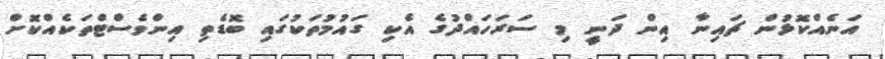
އަނެއްކޮޅުން ޗައިނާ އިން ދަނީ މި ސަރަހައްދުގެ އެކި ގައުމުތަކުގައި ބޮޑެތި އިންވެސްޓްތަކެއްކޮށް